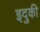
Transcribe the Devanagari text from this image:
इदुकी